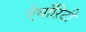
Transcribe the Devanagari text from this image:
ऐथॉऱिटी